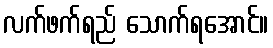
လက်ဖက်ရည် သောက်ရအောင်။